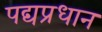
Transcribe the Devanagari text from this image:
पद्यप्रधान